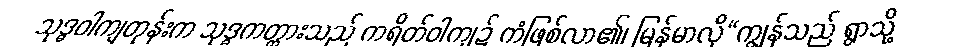
သုဒ္ဓဝါကျတုန်းက သုဒ္ဓကတ္တားသည် ကရိတ်ဝါကျ၌ ကံဖြစ်လာ၏၊ မြန်မာလို“ကျွန်သည် ရွာသို့